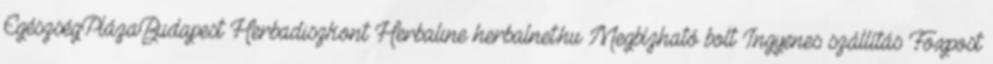
EgészségPlázaBudapest Herbadiszkont Herbaline herbalnet.hu Megbízható bolt Ingyenes szállítás Foxpost